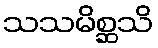
သသမိစ္ဆသိ